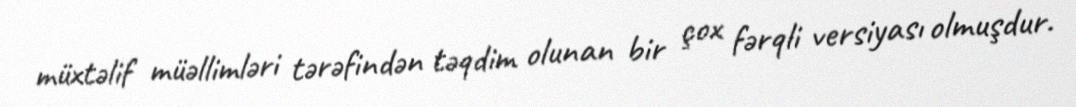
müxtəlif müəllimləri tərəfindən təqdim olunan bir çox fərqli versiyası olmuşdur.